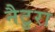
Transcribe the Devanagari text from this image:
नैटुरा